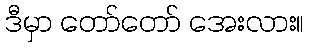
ဒီမှာ တော်တော် အေးလား။